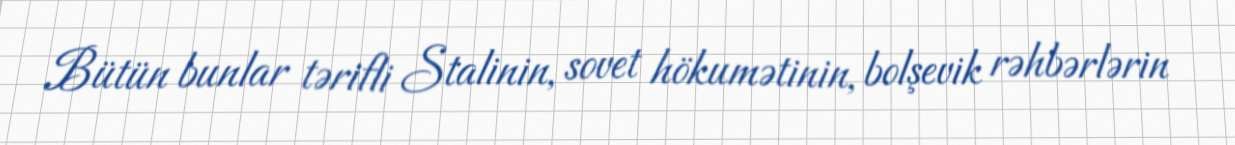
Bütün bunlar tərifli Stalinin, sovet hökumətinin, bolşevik rəhbərlərin